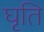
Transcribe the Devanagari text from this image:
घृति